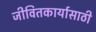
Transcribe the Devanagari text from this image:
जीवितकार्यासाठी